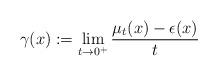
LaTeX: \begin{align*}\gamma(x):=\lim_{t\to0^{+}}\frac{\mu_{t}(x)-\epsilon(x)}{t}\end{align*}